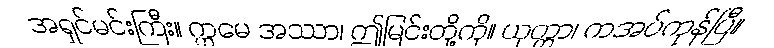
အရှင်မင်းကြီး။ ဣမေ အဿာ၊ ဤမြင်းတို့ကို။ ယုတ္တာ၊ ကအပ်ကုန်ပြီ။